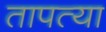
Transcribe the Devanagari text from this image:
तापत्या